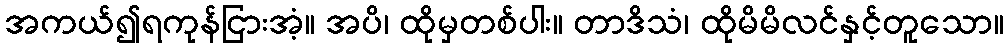
အကယ်၍ရကုန်ငြားအံ့။ အပိ၊ ထိုမှတစ်ပါး။ တာဒိသံ၊ ထိုမိမိလင်နှင့်တူသော။